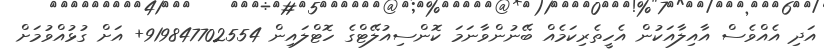
އަދި އެއްވެސް އާއިލާއަކުން އެހީތެރިކަމެއް ބޭނުންވާނަމަ ކޮންސިއުލޭޓްގެ ހޮޓްލައިން 919847702554+ އަށް ގުޅުއްވުމަށް